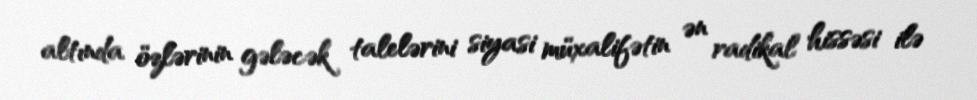
altında özlərinin gələcək talelərini siyasi müxalifətin ən radikal hissəsi ilə